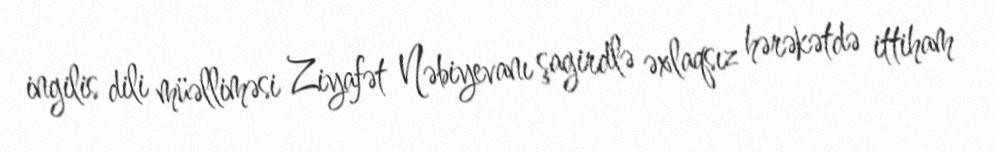
ingilis dili müəlliməsi Ziyafət Nəbiyevanı şagirdlə əxlaqsız hərəkətdə ittiham